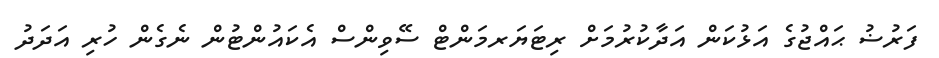
ފަރުޟު ޙައްޖުގެ އަޅުކަން އަދާކުރުމަށް ރިޓަޔަރމަންޓް ސޭވިންސް އެކައުންޓުން ނެގެން ހުރި އަދަދު